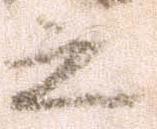
之